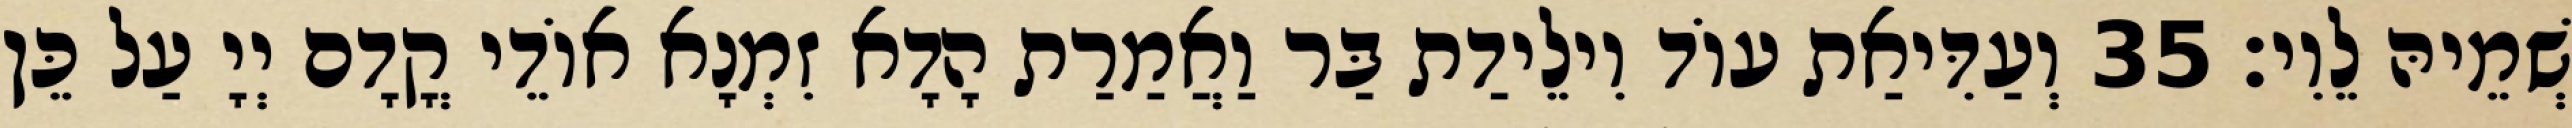
שְׁמֵיהּ לֵוִי׃ 35 וְעַדִּיאַת עוֹד וִילֵידַת בַּר וַאֲמַרַת הָדָא זִמְנָא אוֹדֵי קֳדָם יְיָ עַל כֵּן